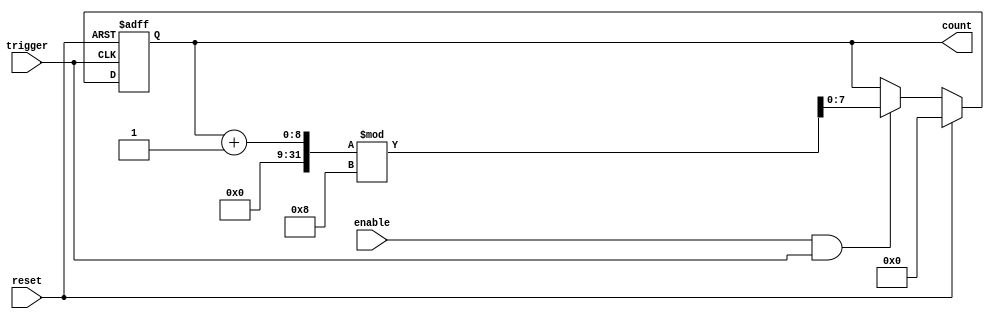
module dynamic_asynchronous_counter #(
    parameter N = 8  // Maximum count value (N must be a power of 2)
)(
    input wire reset,    // Asynchronous reset signal
    input wire enable,   // Enable signal for counting
    input wire trigger,  // Asynchronous trigger signal for counting
    output reg [N-1:0] count // Current count value
);

    // Internal variable to hold the next count value
    reg [N-1:0] next_count;

    // Asynchronous reset and counting logic
    always @(*) begin
        if (reset) begin
            next_count = 0; // Reset the counter to 0
        end else if (enable && trigger) begin
            next_count = (count + 1) % N; // Increment and wrap around
        end else begin
            next_count = count; // Hold the current count
        end
    end

    // Update the count on the rising edge of the trigger signal
    always @(posedge trigger or posedge reset) begin
        if (reset) begin
            count <= 0; // Reset the counter to 0
        end else begin
            count <= next_count; // Update the count
        end
    end

endmodule